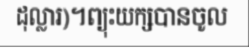
ដុល្លារ)។ព្យុះយក្សបានចូល